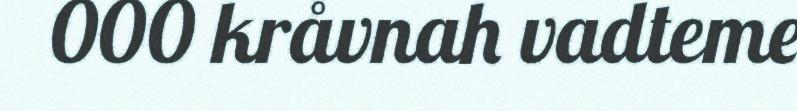
000 kråvnah vadteme